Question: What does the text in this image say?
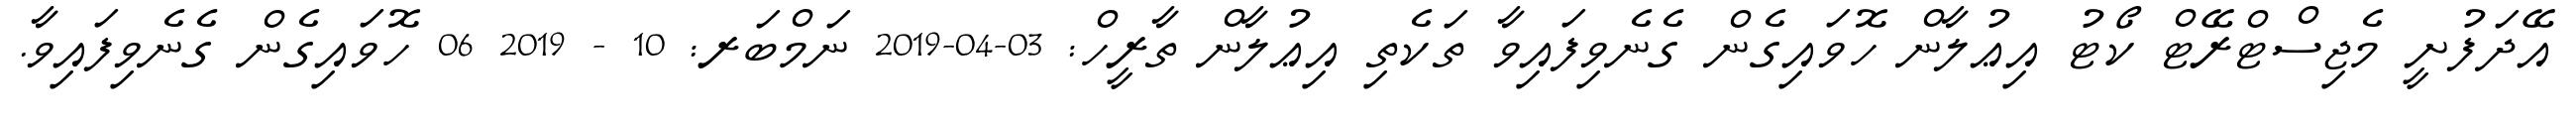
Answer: އޭދަފުށީ މެޖިސްޓްރޭޓް ކޯޓު އިޢުލާން ހޮވައިގެން ގެނެވިފައިވާ ތަކެތި އިޢުލާން ތާރީހް: 03-04-2019 ނަމްބަރ: 10 - 2019 06 ހޮވައިގެން ގެނެވިފައިވާ.